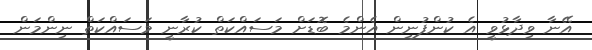
އޭނާ ވިދާޅުވީ އެ ކުންފުނިން އެންމެ ބޮޑަށް މަސައްކަތް ކުރާނީ މަސައްކަތް ނިންމަން